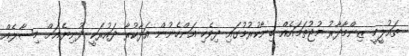
ތައުލީމީ ޒިންމާދާރު މުޖުތަމައެއް ބިނާކުރުމުގައި ދިވެހި އަންހެނުން އަދާކުރާ ދައުރަކީ ދުނިޔެއަށް މިސާލެއް